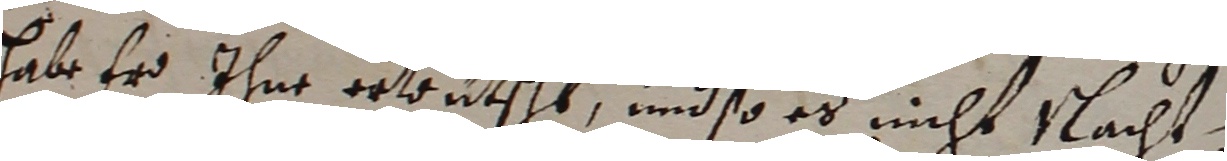
habe er ihne ertntscht und so ed nicht ntacht